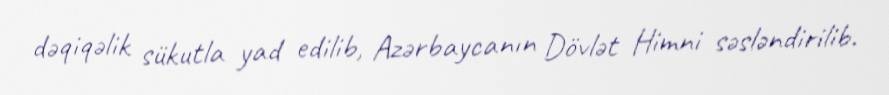
dəqiqəlik sükutla yad edilib, Azərbaycanın Dövlət Himni səsləndirilib.